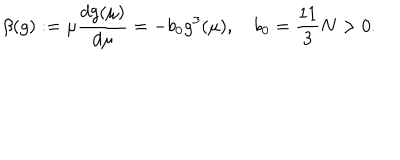
\beta ( g ) : = \mu { \frac { d g ( \mu ) } { d \mu } } = - b _ { 0 } g ^ { 3 } ( \mu ) , \quad b _ { 0 } = { \frac { 1 1 } { 3 } } N > 0 .